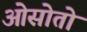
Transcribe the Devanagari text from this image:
ओसोतो